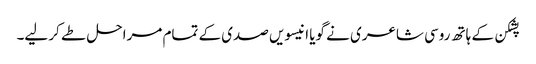
پشکن کے ہاتھ روسی شاعری نے گویا انیسویں صدی کے تمام مراحل طے کر لیے۔